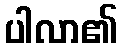
ပါလာ၏